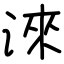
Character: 淶